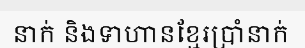
នាក់ និងទាហានខ្មែរប្រាំនាក់